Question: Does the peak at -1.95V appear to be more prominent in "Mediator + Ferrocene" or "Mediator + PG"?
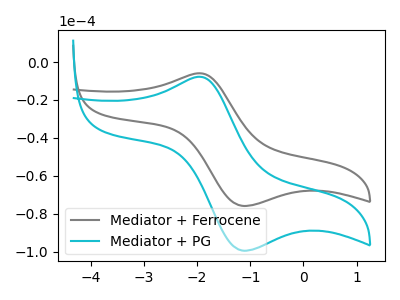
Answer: <think>The gray curve "Mediator + Ferrocene" has an anodic peak at (-1.95V, -5.95uA) and a cathodic peak at (-1.15V, -75.85uA). The cyan curve "Mediator + PG" has an anodic peak at (-1.95V, -7.80uA) and a cathodic peak at (-1.15V, -99.45uA).</think>
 <answer>The peak at -1.95V is higher in "Mediator + Ferrocene" than in "Mediator + PG".</answer>
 <eval>higher</eval>